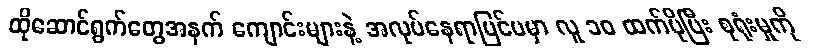
ထိုဆောင်ရွက်တွေအနက် ကျောင်းများနဲ့ အလုပ်နေရာပြင်ပမှာ လူ ၁၀ ထက်ပိုပြီး စုရုံးမှုကို